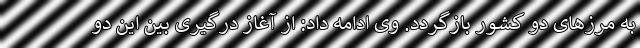
به مرزهای دو کشور بازگردد. وی ادامه داد: از آغاز درگیری بین این دو